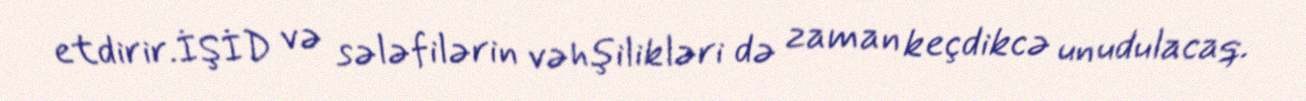
etdirir.İŞİD və sələfilərin vəhşilikləri də zaman keçdikcə unudulacaq.